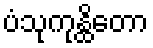
ပံသုကုန္ထိတော